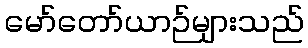
မော်တော်ယာဉ်များသည်